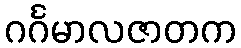
ဂင်္ဂမာလဇာတက